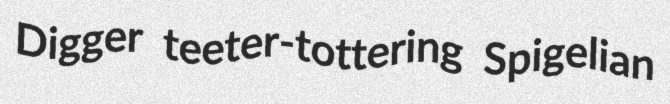
Digger teeter-tottering Spigelian